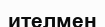
ителмен